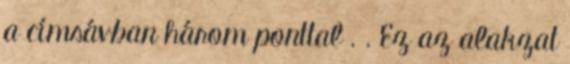
a címsávban három ponttal . . Ez az alakzat